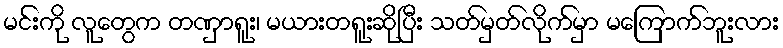
မင်းကို လူတွေက တဏှာရူး၊ မယားတရူးဆိုပြီး သတ်မှတ်လိုက်မှာ မကြောက်ဘူးလား